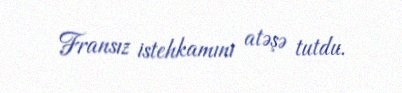
Fransız istehkamını atəşə tutdu.